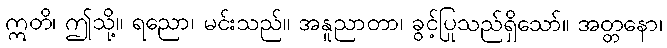
ဣတိ၊ ဤသို့။ ရညော၊ မင်းသည်။ အနူညာတာ၊ ခွင့်ပြုသည်ရှိသော်။ အတ္တနော၊